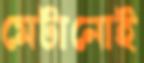
মেটানোই